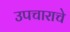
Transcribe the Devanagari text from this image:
उपचाराचे